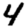
Digit: 4